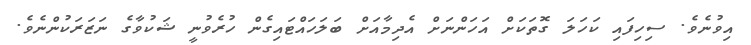
އިވުނެވެ. ސިހިފައި ކަހަލަ ގޮތަކަށް އަހަންނަށް އެދިމާއަށް ބަލަހައްޓައިގެން ހުރެވުނީ ޝަކުވާގެ ނަޒަރަކުންނެވެ.